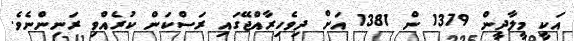
އަކީ މީލާދީން 1379 ން 1381 އަށް ދިވެހިރާއްޖޭގައި ރަސްކަން ކުރެއްވި ރަނިންނެވެ.